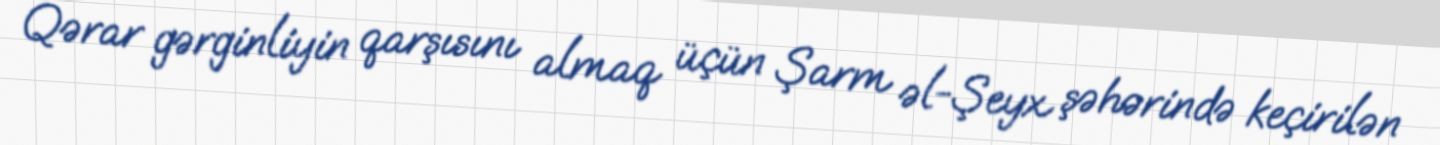
Qərar gərginliyin qarşısını almaq üçün Şarm əl-Şeyx şəhərində keçirilən